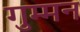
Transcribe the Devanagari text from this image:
गुम्मन